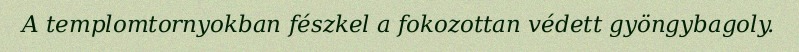
A templomtornyokban fészkel a fokozottan védett gyöngybagoly.